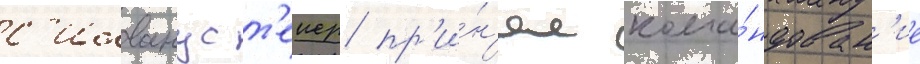
с'илванус т'еиер пр'и́н'ял кома́ндован'ие